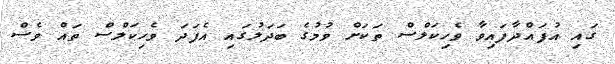
ގައި އުފައްދާފައިވާ ވެހިކަލްސް ތަކަށް ވުމުގެ ބަދަލުގައި އެފަަދަ ވެހިކަލްސް ތައް ވެސް